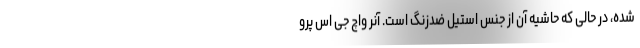
شده، در حالی که حاشیه آن از جنس استیل ضدزنگ است. آنر واچ جی اس پرو